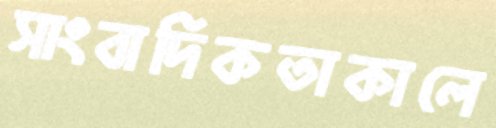
সাংবাদিকতাকালে